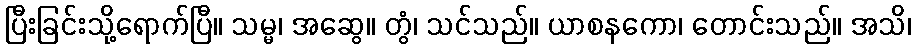
ပြီးခြင်းသို့ရောက်ပြီ။ သမ္မ၊ အဆွေ။ တွံ၊ သင်သည်။ ယာစနကော၊ တောင်းသည်။ အသိ၊